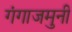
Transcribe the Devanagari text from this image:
गंगाजमुनी